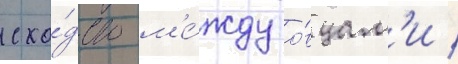
схо́дство м'е́жду о́вцам'и /